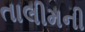
તાલીમની